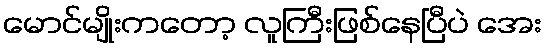
မောင်မျိုးကတော့ လူကြီးဖြစ်နေပြီပဲ အေး